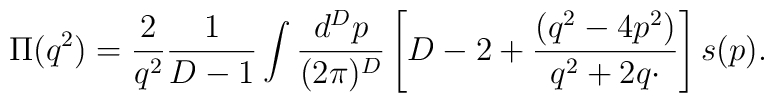
\Pi(q^2) = {2\over q^2}{1\over D-1}\int {d^D p\over (2\pi)^D}\left[D-2 + {(q^2-4 p^2)\over q^2 + 2 q\cdotp}\right] s(p).